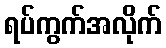
ရပ်ကွက်အလိုက်